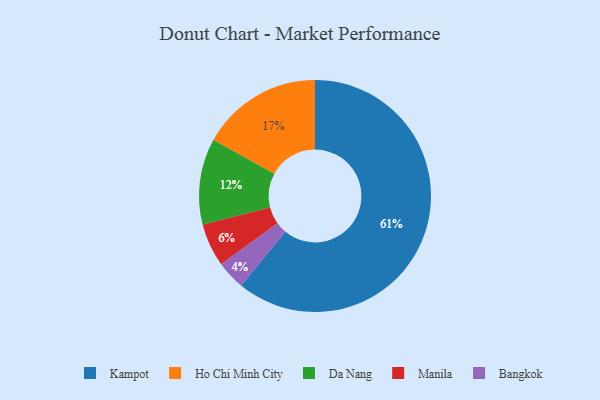
{"axis": {"x": "Category", "y": "Percentage"}, "legend": ["Bangkok", "Da Nang", "Ho Chi Minh City", "Kampot", "Manila"], "data": [{"x": "Kampot", "y": 61, "type": "Kampot"}, {"x": "Manila", "y": 6, "type": "Manila"}, {"x": "Bangkok", "y": 4, "type": "Bangkok"}, {"x": "Da Nang", "y": 12, "type": "Da Nang"}, {"x": "Ho Chi Minh City", "y": 17, "type": "Ho Chi Minh City"}]}